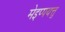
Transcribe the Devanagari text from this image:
मेइप्पयत्तु